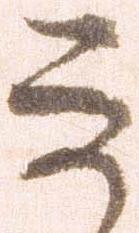
な